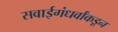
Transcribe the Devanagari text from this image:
सवाईगंधर्वांकडून